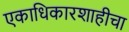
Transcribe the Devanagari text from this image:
एकाधिकारशाहीचा